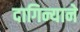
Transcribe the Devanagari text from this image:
दागिन्याने